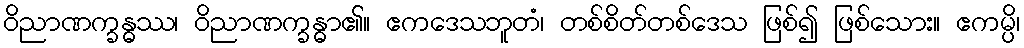
ဝိညာဏက္ခန္ဓဿ၊ ဝိညာဏက္ခန္ဓာ၏။ ဧကဒေသဘူတံ၊ တစ်စိတ်တစ်ဒေသ ဖြစ်၍ ဖြစ်သေား။ ဧကမ္ပိ၊